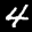
Label: 4